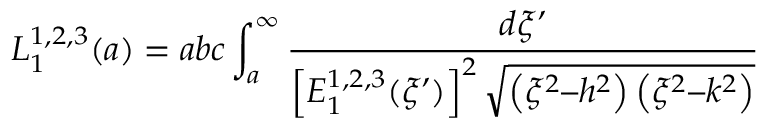
L _ { 1 } ^ { 1 , 2 , 3 } ( a ) = a b c \int _ { a } ^ { \infty } \frac { d \xi ’ } { \left[ E _ { 1 } ^ { 1 , 2 , 3 } ( \xi ’ ) \right] ^ { 2 } \sqrt { \left( \xi ^ { 2 } – h ^ { 2 } \right) \left( \xi ^ { 2 } – k ^ { 2 } \right) } }